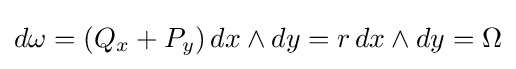
d\omega =(Q_{x}+P_{y})\,dx\wedge dy=r\,dx\wedge dy=\Omega